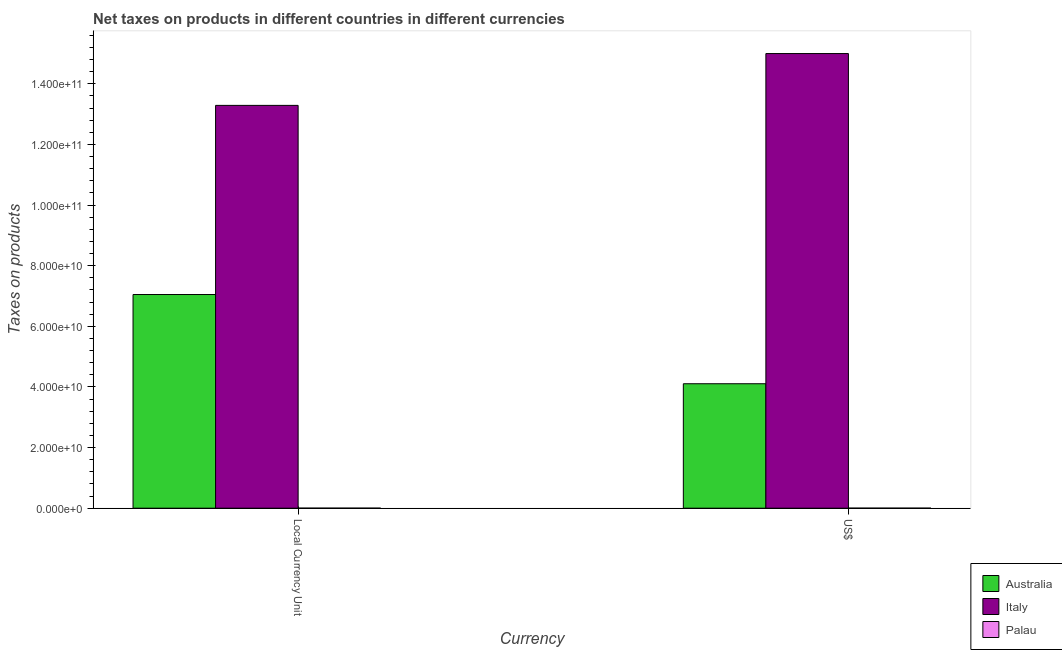
| Currency | Australia | Italy | Palau |
 | --- | --- | --- | --- |
 | Local Currency Unit | 7.05e+10 | 1.33e+11 | 1.38e+07 |
 | US$ | 4.1e+10 | 1.5e+11 | 1.38e+07 |